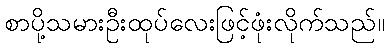
စာပို့သမားဦးထုပ်လေးဖြင့်ဖုံးလိုက်သည်။